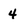
Character: 4